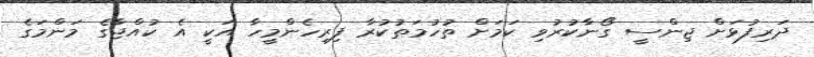
ދަރިފުޅަށް ޖިންސީ ގޯނާކުރުވި ކަމަށް ތުހުމަތުކުރާ ފިރިހެންމީހާ އަކީ އެ ކުއްޖާގެ މަންމަގެ